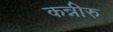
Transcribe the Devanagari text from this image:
कन्नीरु